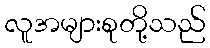
လူအများစုတို့သည်